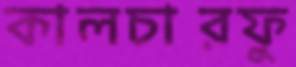
কালচারফু